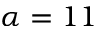
\alpha = 1 1